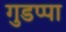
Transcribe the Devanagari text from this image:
गुडप्पा